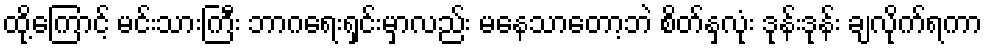
ထို့ကြောင့် မင်းသားကြီး ဘာဂရေးရှင်းမှာလည်း မနေသာတော့ဘဲ စိတ်နှလုံး ဒုန်းဒုန်း ချလိုက်ရကာ